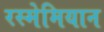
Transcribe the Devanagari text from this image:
रस्मेमियान